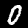
Label: 0